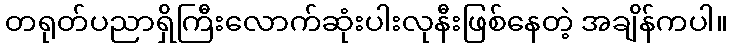
တရုတ်ပညာရှိကြီးလောက်ဆုံးပါးလုနီးဖြစ်နေတဲ့ အချိန်ကပါ။